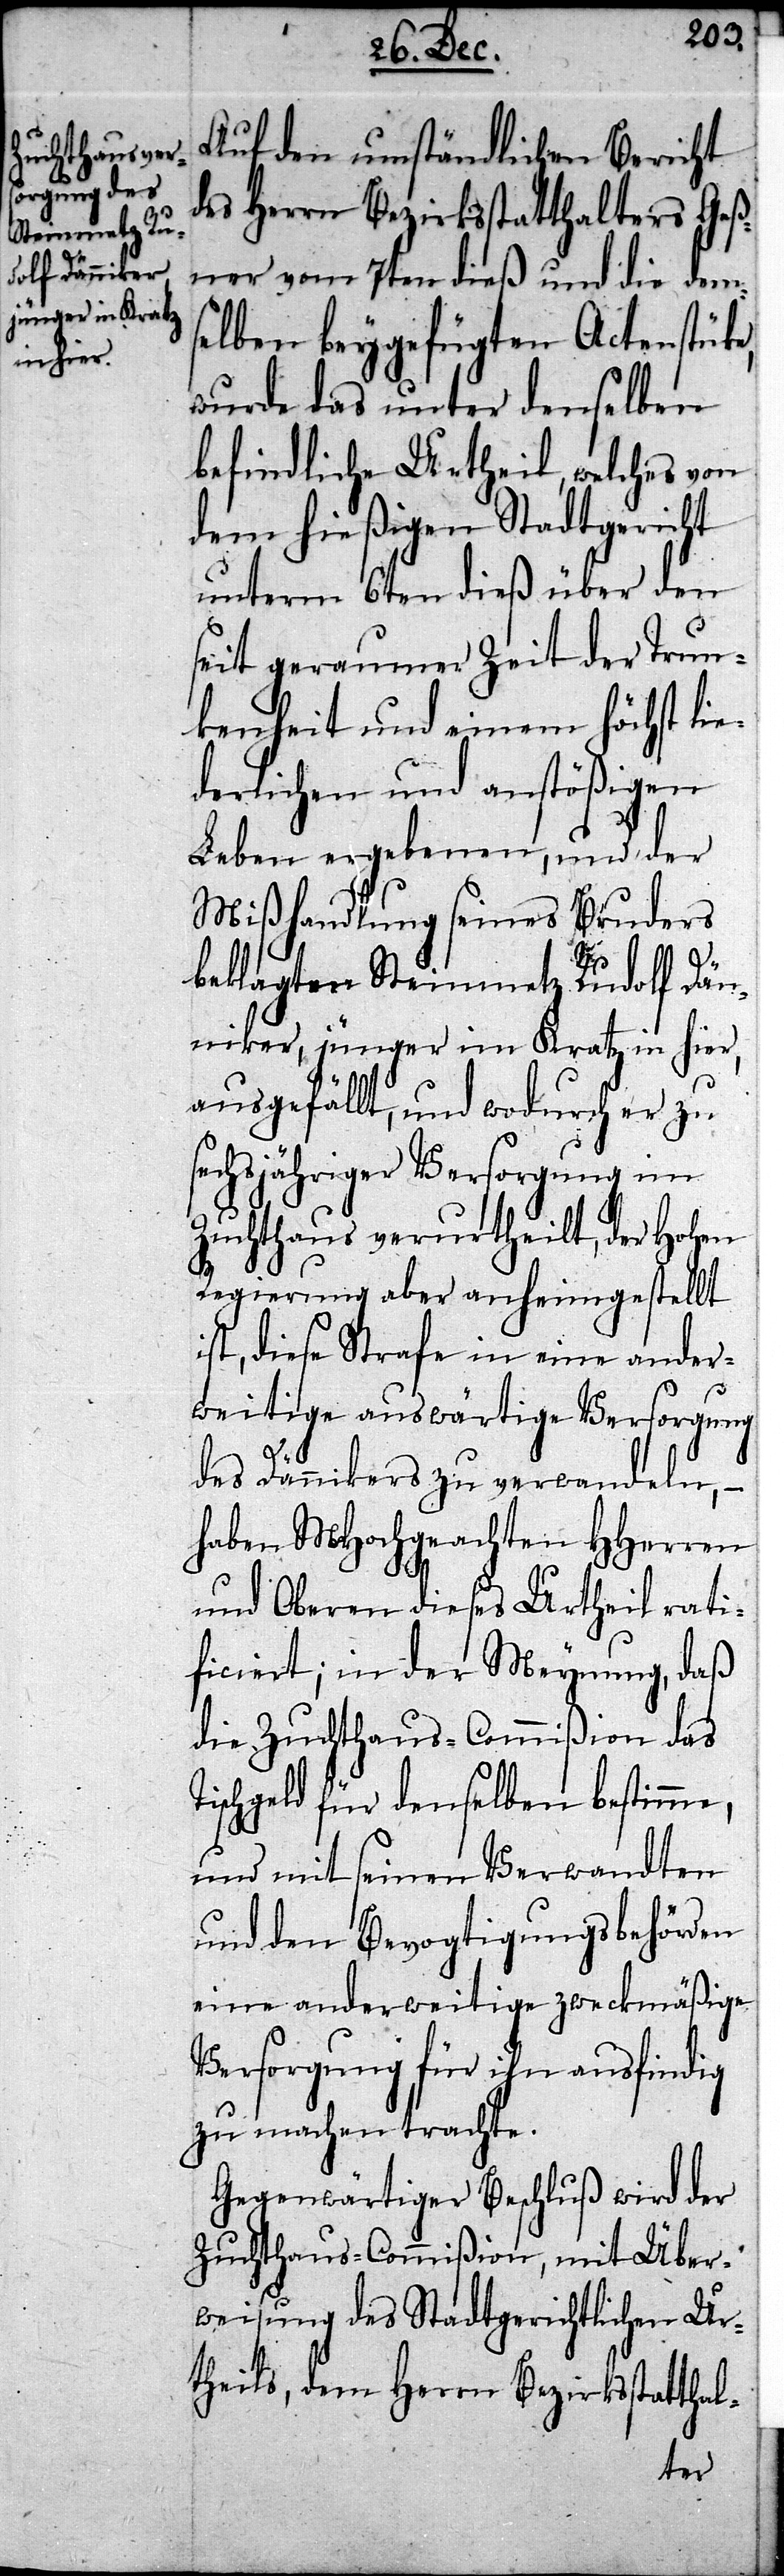
T¬
Auf den umständlichen Bericht
des Herrn Bezirksstatthalters Geß¬
ner vom 7ten dieß und die dems¬
elben beygefügten Actenstüc¬
wurde das unter denselben
befindliche Urtheil, welches von
dem hießigen Stadtgericht
unterm 6ten dieß über den
seit geraumer Zeit der Trun¬
kenheit und einem höchst lie¬
derlichen und anstößigen
Leben ergebenen, und der
Mißhandlung seines Bruders
beklagten Steinmetz Rudolf Dän¬
niker, jünger im Kratz in hier,
ausgefällt, und wodurch er zu
sechsjähriger Versorgung im
Zuchthaus verurtheilt, der Hohen
Regierung aber anheimgestellt
ist, diese Strafe in eine ander¬
weitige auswärtige Versorgung
des Dännikers zu verwandeln,
haben MHochgeachten HHerren
und Oberen dieses Urtheil rati¬
ficiert; in der Meynung, daß
die Zuchthaus-Commißion das
ischgeld für denselben bestimme,
und mit seinen Verwandten
und den Bevogtigungsbehörden
eine anderweitige zweckmäßige
Versorgung für ihn ausfindig
zu machen trachte.
Gegenwärtiger Beschluß wird der
Zuchthaus-Commißion, mit Über¬
weisung des Stadtgerichtlichen Ur¬
theils, dem Herrn Bezirksstatthal-
ke,